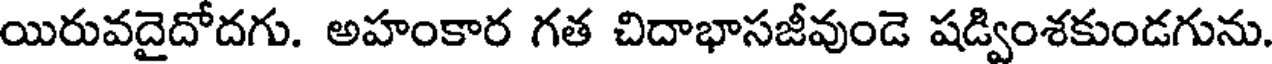
యిరువదైదోదగు. అహంకార గత చిదాభాసజీవుండె షడ్వింశకుండగును.